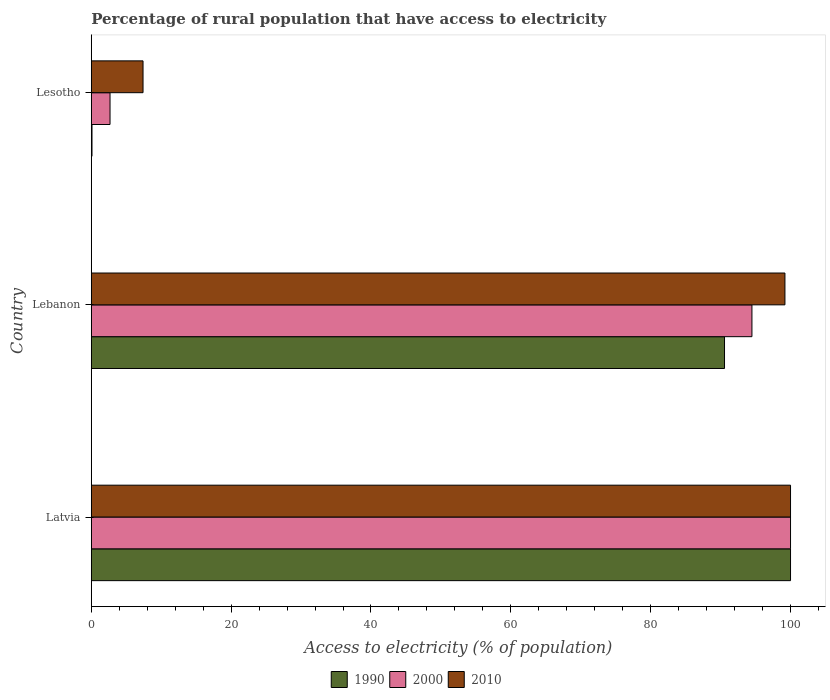
| Country | 1990 | 2000 | 2010 |
 | --- | --- | --- | --- |
 | Latvia | 100 | 100 | 100 |
 | Lebanon | 90.6 | 94.5 | 99.2 |
 | Lesotho | 0.1 | 2.68 | 7.4 |